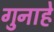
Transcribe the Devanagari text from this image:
गुनाहे